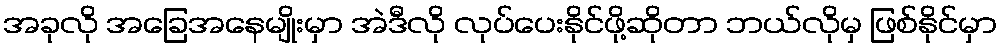
အခုလို အခြေအနေမျိုးမှာ အဲဒီလို လုပ်ပေးနိုင်ဖို့ဆိုတာ ဘယ်လိုမှ ဖြစ်နိုင်မှာ